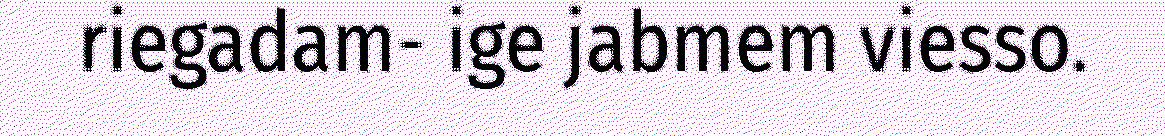
riegadam- ige jabmem viesso.